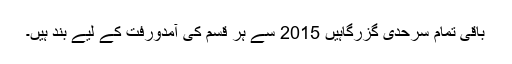
باقی تمام سرحدی گزرگاہیں 2015 سے ہر قسم کی آمدورفت کے لیے بند ہیں۔